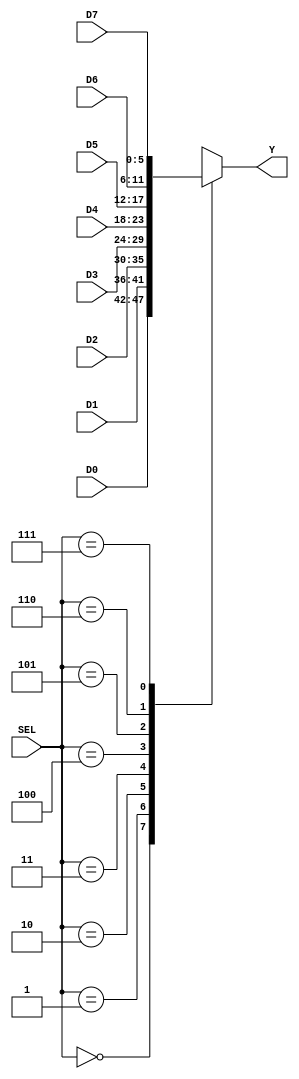
module MUX_8a1_6b(
    input [2:0] SEL,
    input [5:0] D0, D1, D2, D3, D4, D5, D6, D7,
    output reg [5:0] Y     
);
    
    always @*
        case(SEL)
            3'b000: Y = D0;
            3'b001: Y = D1;
            3'b010: Y = D2;
            3'b011: Y = D3;
            3'b100: Y = D4;
            3'b101: Y = D5;
            3'b110: Y = D6;
            3'b111: Y = D7;
        endcase 

endmodule